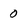
Character: 0